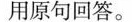
用原句回答。